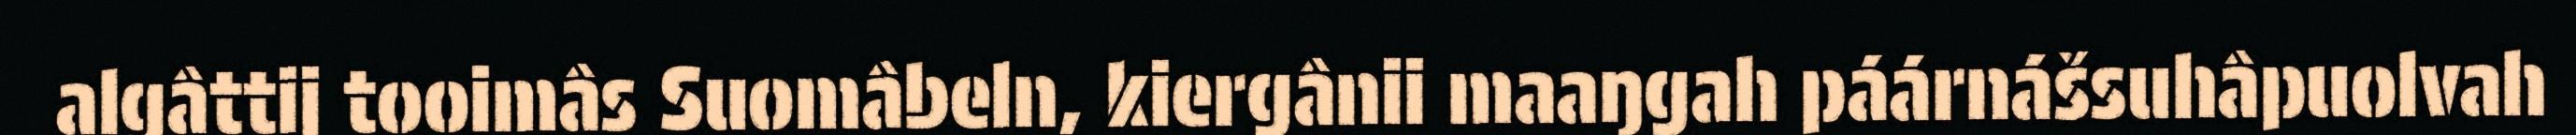
algâttij tooimâs Suomâbeln, kiergânii maaŋgah páárnášsuhâpuolvah